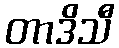
တာဒိသီ